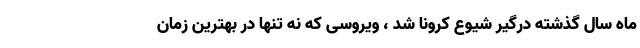
ماه سال گذشته درگیر شیوع کرونا شد ، ویروسی که نه تنها در بهترین زمان